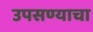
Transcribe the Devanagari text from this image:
उपसण्याचा